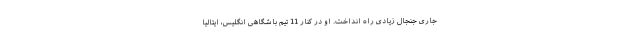
جاری جنجال زیادی راه انداخت. او در کنار 11 تیم باشگاهی انگلیس، ایتالیا